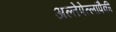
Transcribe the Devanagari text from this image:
अल्तेपेत्लांपैकी